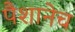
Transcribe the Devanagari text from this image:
पैशानेच